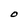
Character: O